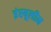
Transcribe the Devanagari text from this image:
इंस्यूलीन